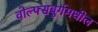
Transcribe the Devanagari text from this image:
वोल्फ्सबुर्गमधील